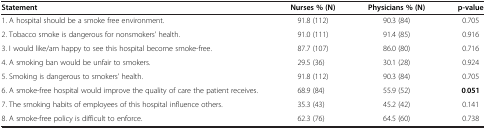
| Statement | Nurses % (N) | Physicians % (N) | p-value |
 | --- | --- | --- | --- |
 | 1. A hospital should be a smoke free environment. | 91.8 (112) | 90.3 (84) | 0.705 |
 | 2. Tobacco smoke is dangerous for nonsmokers’ health. | 91.0 (111) | 91.4 (85) | 0.916 |
 | 3. I would like/am happy to see this hospital become smoke-free. | 87.7 (107) | 86.0 (80) | 0.716 |
 | 4. A smoking ban would be unfair to smokers. | 29.5 (36) | 30.1 (28) | 0.924 |
 | 5. Smoking is dangerous to smokers’ health. | 91.8 (112) | 90.3 (84) | 0.705 |
 | 6. A smoke-free hospital would improve the quality of care the patient receives. | 68.9 (84) | 55.9 (52) | 0.051 |
 | 7. The smoking habits of employees of this hospital influence others. | 35.3 (43) | 45.2 (42) | 0.141 |
 | 8. A smoke-free policy is difficult to enforce. | 62.3 (76) | 64.5 (60) | 0.738 |